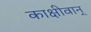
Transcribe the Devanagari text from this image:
काक्षीवान्